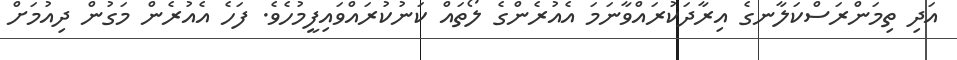
އަދި ތިމަންރަސްކަލާނގެ އިރާދަކުރައްވާނަމަ އެއުރެންގެ ލޯތައް ކަނުކުރައްވައިފީމުހެވެ. ފަހެ އެއުރެން މަގުން ދިއުމަށް